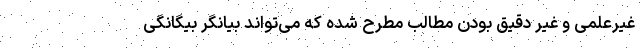
غيرعلمی و غير دقيق بودن مطالب مطرح شده كه می‌تواند بيانگر بيگانگی